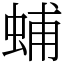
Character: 蜅